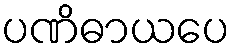
ပဏိဓာယပေ